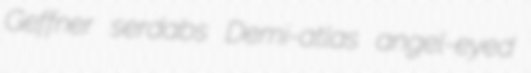
Geffner serdabs Demi-atlas angel-eyed